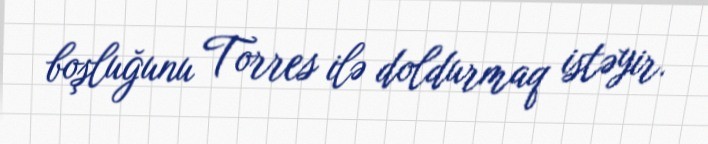
boşluğunu Torres ilə doldurmaq istəyir.